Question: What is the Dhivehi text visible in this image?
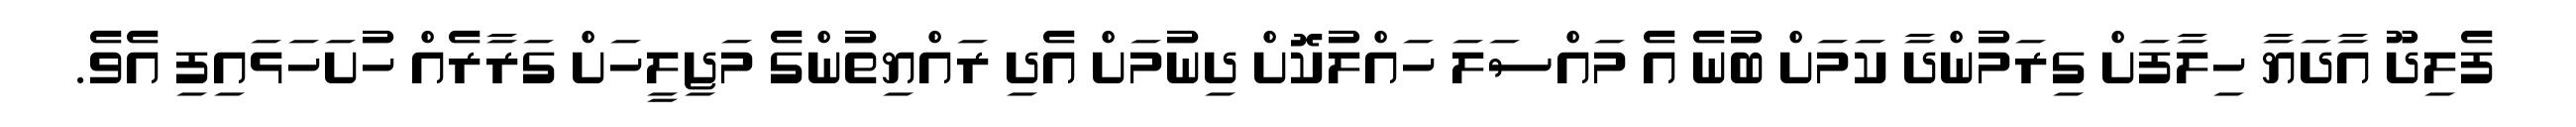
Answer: ފެލިދޫ އާދަޔާ ހިލާފަށް ގިރަމުންދާ ކަމަށް ބުނެ އެ މައްސަލަ ހައްލުކޮށް ދިނުމަށް އެދި ރައްޔިތުންގެ މަޖިލީހަށް ގަރާރެއް ހުށަހަޅައިފި އެވެ.